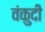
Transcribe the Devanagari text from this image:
वंकुदी